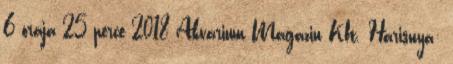
6 órája 25 perce 2018 Akvárium Magazin Kft. Harisnya: